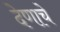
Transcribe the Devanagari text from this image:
देणाचे